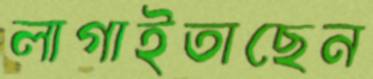
লাগাইতাছেন